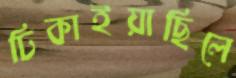
ঢিকাইয়াছিলে